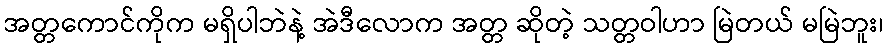
အတ္တကောင်ကိုက မရှိပါဘဲနဲ့ အဲဒီလောက အတ္တ ဆိုတဲ့ သတ္တဝါဟာ မြဲတယ် မမြဲဘူး၊